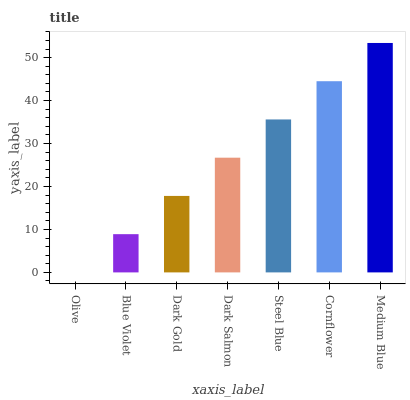
| xaxis_label | bars |
 | --- | --- |
 | Olive | 0 |
 | Blue Violet | 8.9 |
 | Dark Gold | 17.8 |
 | Dark Salmon | 26.7 |
 | Steel Blue | 35.6 |
 | Cornflower | 44.5 |
 | Medium Blue | 53.4 |